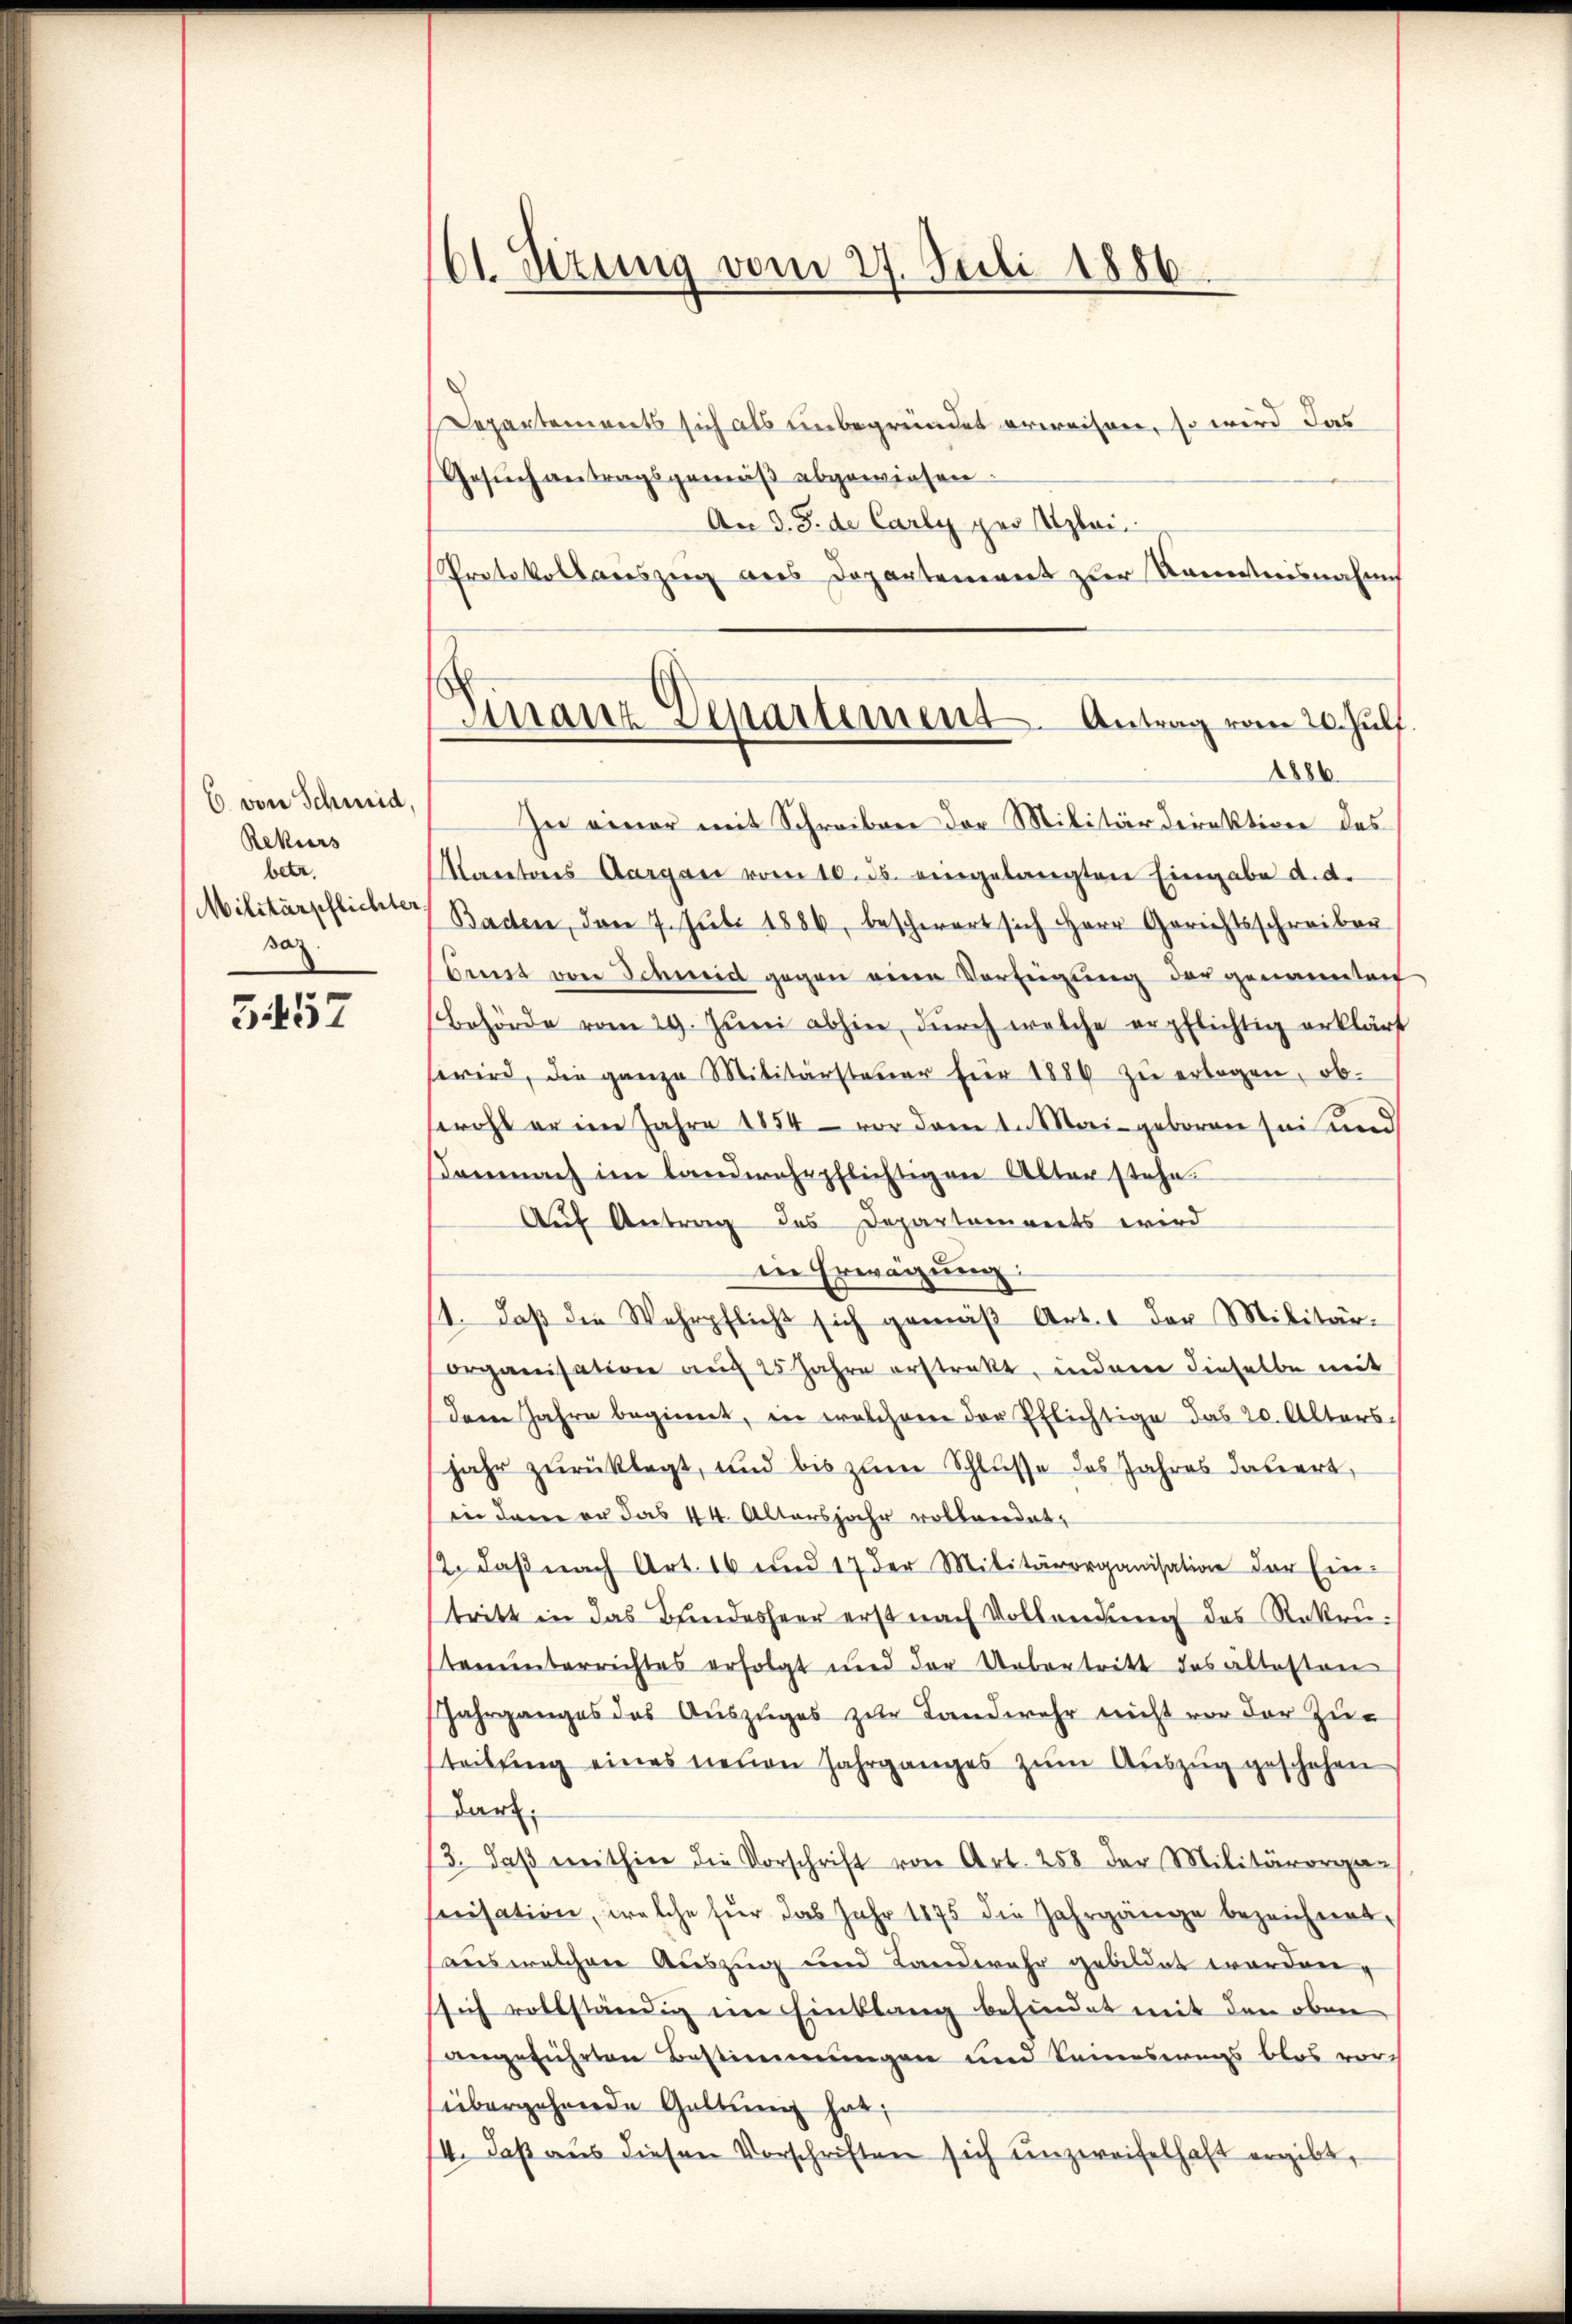
C. von Schmid,
Rekurs
betr.
Militärpflichter
paz.
5457

61. Sizung vom 27. Juli 1886

Finanz Departement. Antrag vom 20. Juli.
1886

Departements sich als unbegründet erweisen, so wird das
Gesŭch antragsgemäβ abgewiesen.
An d. J. de Carly per plain
Protokollauszug aus Departement zur Kenntnisnahm
In einer mit Schreiben der Militärdirektion des
Maretos Aargau vom 10. ds. eingelangten Eingabe d. d.
Baden, den 7. Juli 1886, beschwert sich Herr Gerichtsschreiber
Ornst von Schmid gegen eine Verfügung der genanntech
Behörde vom 29. Jŭni abhin, dŭrch welche erpflichtig erklärt
wird, die ganze Militärsteŭer für 1886 zŭ erlegen, ob
swohl er im Jahre 1854 - vor dem 1. Mai geboren sei und
Danach im landwehrpflichtigen Alter stehe.
Auf Antrag des Departenverts wird
in Erwägung:
1. daβ die Wehrpflicht sich gemäβ Art. 1 der Militär-
organisation auf 25 Jahre erstrakt, indere dieselbe mit
dem Jahre beginnt, in welchem der Pflichtige das 20. Alters
jahr zurücklegt, und bis zum Schlüsse des Jahres datiert,
in den er das 44. Altersjahr vollandet,
12. daβ nach Art. 16 und 17 der Militärorganisation der Ein-
tritt in das Bundesheer erst nach Vollendŭng des Rekrutenunterrichtes erfolgt und der Uebertritt das ältesten
Jahrganges das Aŭszŭges zur Landwehr nicht vor der Zu-
teilung eines neuen Jahrganges zum Auszug geschehen
darf.
3. daβ mithin die Vorschrift von Art. 258 der Militärorgan
herisation, welche für das Jahr 1875 die Jahrgänge bezeichnet,
aus welchen Auszug und Landwehr gebildet worden,
sich vollständig im Einklang befindet mit den oben
angeführten Bestimmungen und Seineswegs blos vor-
übergehende Gattung hat;
14. daβ aŭs diesen Vorschriften sich unzweifelhaft ergibt,